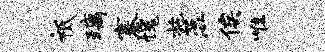
祗璃寨愧施蕊俟唯